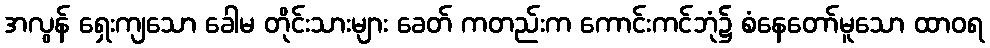
အလွန် ရှေးကျသော ခေါမ တိုင်းသားများ ခေတ် ကတည်းက ကောင်းကင်ဘုံ၌ စံနေတော်မူသော ထာဝရ